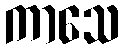
ကာသေ